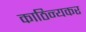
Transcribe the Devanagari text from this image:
काठिन्यकर